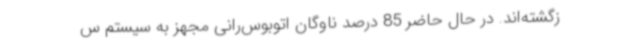
زگشته‌اند. در حال حاضر 85 درصد ناوگان اتوبوس‌رانی مجهز به سیستم س